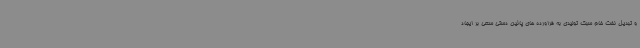
و تبدیل نفت خام سبک تولیدی به فراورده های پائین دستی سعی بر ایجاد